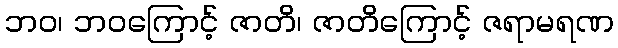
ဘဝ၊ ဘဝကြောင့် ဇာတိ၊ ဇာတိကြောင့် ဇရာမရဏ